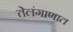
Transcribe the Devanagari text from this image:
तेलंगाणात